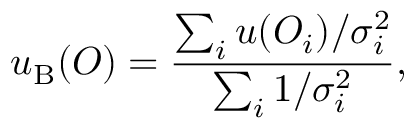
u _ { \mathrm { B } } ( O ) = \frac { \sum _ { i } u ( O _ { i } ) / \sigma _ { i } ^ { 2 } } { \sum _ { i } 1 / \sigma _ { i } ^ { 2 } } ,